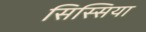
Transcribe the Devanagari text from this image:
सिस्सिया